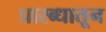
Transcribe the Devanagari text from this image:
प्रारब्धातून